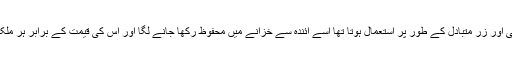
اس کے تحت اب سونا جو کرنسی اور زر متبادل کے طور پر استعمال ہوتا تھا اسے آئندہ سے خزانے میں محفوظ رکھا جانے لگا اور اس کی قیمت کے برابر ہر ملک کاغذی نوٹ جاری کرنے لگا۔